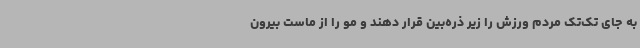
به جای تک‌تک مردم ورزش را زیر ذره‌بین قرار دهند و مو را از ماست بیرون